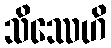
သိဿေဟိ